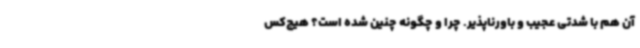
آن هم با شدتی عجیب و باورناپذیر. چرا و چگونه چنین شده است؟ هیچ‌کس